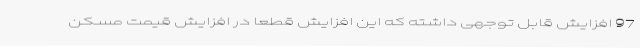
97 افزایش قابل توجهی داشته که این افزایش قطعا در افزایش قیمت مسکن